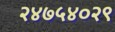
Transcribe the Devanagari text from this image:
२४७५४०२९